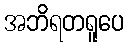
အဘိရတရူပေ